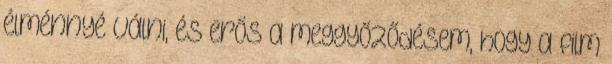
élménnyé válni, és erős a meggyőződésem, hogy a film